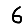
Digit: 6